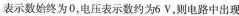
表示数始终为0，电压表示数约为6V，则电路中出现